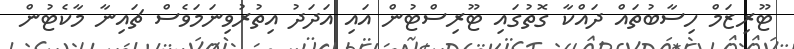
ޓޫރިޒަމް ހިސާބުތައް ދައްކާ ގޮތުގައި ޓޫރިސްޓުން އައި އަދަދު އިތުރުވިނަމަވެސް ޗައިނާ މާކެޓުުން